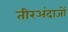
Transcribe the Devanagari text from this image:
तीरअंदाजों